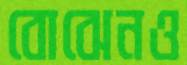
বোঝেনও